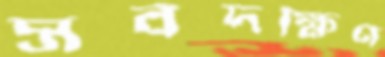
সর্বদক্ষিণ